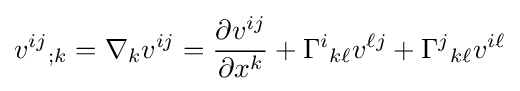
v^{ij}{}_{;k}=\nabla _{k}v^{ij}={\frac {\partial v^{ij}}{\partial x^{k}}}+\Gamma ^{i}{}_{k\ell }v^{\ell j}+\Gamma ^{j}{}_{k\ell }v^{i\ell }